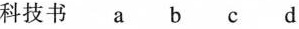
科技书a b c d